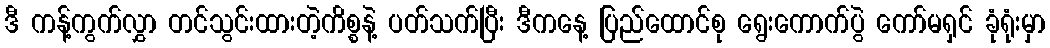
ဒီ ကန့်ကွက်လွှာ တင်သွင်းထားတဲ့ကိစ္စနဲ့ ပတ်သက်ပြီး ဒီကနေ့ ပြည်ထောင်စု ရွေးကောက်ပွဲ ကော်မရှင် ခုံရုံးမှာ